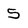
Character: 5